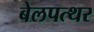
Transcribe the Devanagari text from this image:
बेलपत्थर